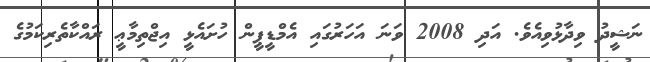
ނަޝީދު ވިދާޅުވިއެވެ. އަދި 2008 ވަނަ އަހަރުގައި އެމްޑީޕީން ހުށައެޅީ އިޖްތިމާޢީ ރައްކާތެރިކަމުގެ